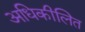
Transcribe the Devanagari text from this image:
अधिकीलित